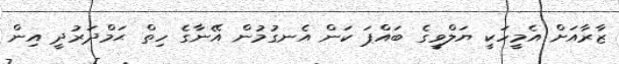
ޒާރާއަށް އެމީހަކީ ޔަލްވީގެ ބައްޕަ ކަން އެނގުމުން އޭނާގެ ހިތް ޙަމްދަރުދީ އިން